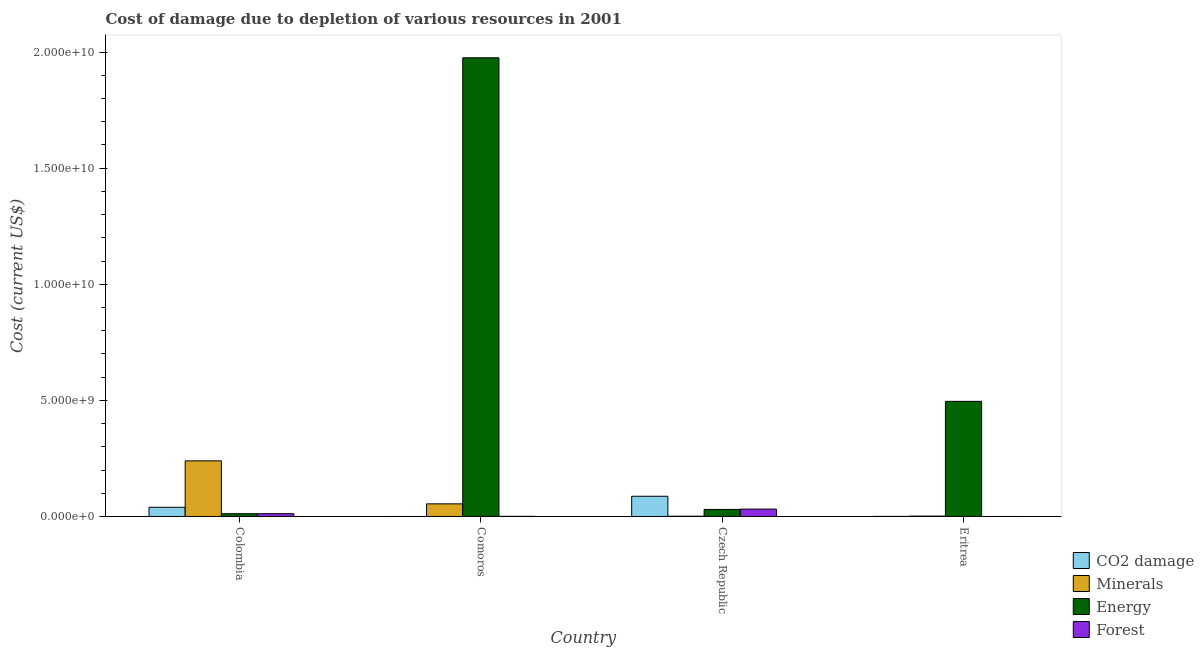
| Country | CO2 damage | Minerals | Energy | Forest |
 | --- | --- | --- | --- | --- |
 | Colombia | 3.97e+08 | 2.4e+09 | 1.19e+08 | 1.21e+08 |
 | Comoros | 6.2e+05 | 5.44e+08 | 1.98e+10 | 7.16e+06 |
 | Czech Republic | 8.71e+08 | 1.2e+07 | 3.03e+08 | 3.19e+08 |
 | Eritrea | 4.45e+06 | 1.64e+07 | 4.96e+09 | 4.54e+04 |